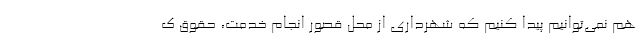
هم نمی‌توانیم پیدا کنیم که شهرداری از محل قصور انجام خدمت، حقوق ک